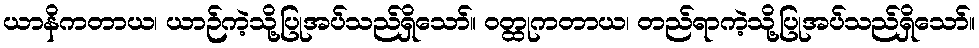
ယာနိကတာယ၊ ယာဉ်ကဲ့သို့ပြုအပ်သည်ရှိသော်။ ဝတ္ထုကတာယ၊ တည်ရာကဲ့သို့ပြုအပ်သည်ရှိသော်။